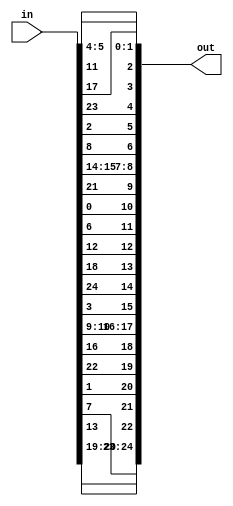
`timescale 1ns/1ns
module permutaion(in, out);
	
    input [24:0] in;
    output [24:0] out;
	
    assign out[10] = in[0];
    assign out[20] = in[1];
    assign out[5]  = in[2];
    assign out[15] = in[3];
    assign out[0]  = in[4];
    assign out[1]  = in[5];
    assign out[11] = in[6];
    assign out[21] = in[7];
    assign out[6]  = in[8];
    assign out[16] = in[9];
    assign out[17] = in[10];
    assign out[2]  = in[11];
    assign out[12] = in[12];
    assign out[22] = in[13];
    assign out[7]  = in[14];
    assign out[8]  = in[15];
    assign out[18] = in[16];
    assign out[3]  = in[17];
    assign out[13] = in[18];
    assign out[23] = in[19];
    assign out[24] = in[20];
    assign out[9]  = in[21];
    assign out[19] = in[22];
    assign out[4]  = in[23];
	assign out[14] = in[24];

endmodule